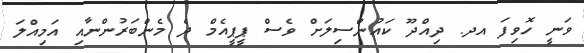
ވަނީ ހޮވިފަ އދ. ދިއްދޫ ކައުންސިލަށް ވެސް ޕީޕީއެމް ދެ މެންބަރުންނާއި އަމިއްލަ